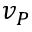
v _ { P }